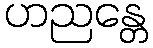
ဟညန္တေ